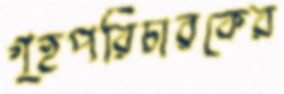
গৃহপরিচারকের